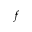
f